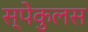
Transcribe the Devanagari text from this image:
स्पेकुलस